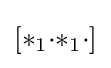
[{*}_{1}{\cdot }{*}_{1}{\cdot }]